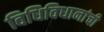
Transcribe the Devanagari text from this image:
विधिविधानांची